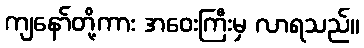
ကျနော်တို့ကား အဝေးကြီးမှ လာရသည်။